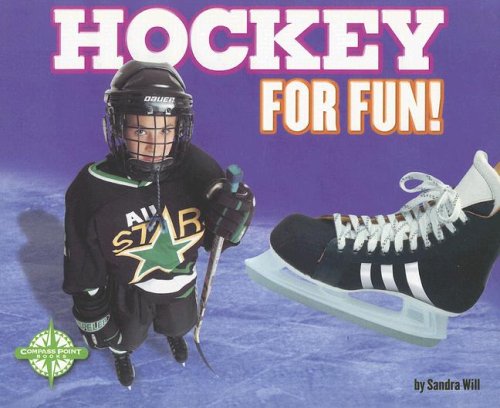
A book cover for Hockey for Fun! (For Fun!: Sports series); Sandra Will; Children's Books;